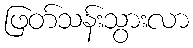
ဖြတ်သန်းသွားလာ